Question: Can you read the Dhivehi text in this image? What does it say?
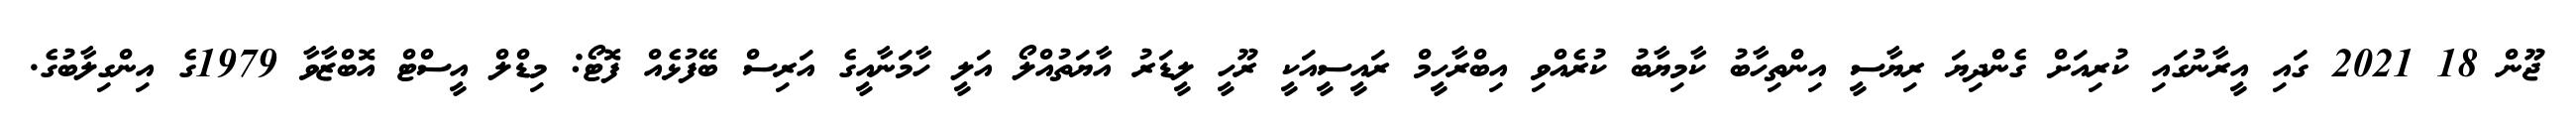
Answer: ޖޫން 18 2021 ގައި އީރާނުގައި ކުރިއަށް ގެންދިޔަ ރިޔާސީ އިންތިހާބު ކާމިޔާބު ކުރެއްވި އިބްރާހީމް ރައީސީއަކީ ރޫހީ ލީޑަރު އާޔަތުއްލޯ އަލީ ހާމަނާއީގެ އަރިސް ބޭފުޅެއް ފޮޓޯ: މިޑްލް އީސްޓް އޮބްޒާވާ 1979ގެ އިންގިލާބުގެ.